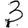
Digit: 3